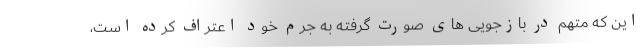
این که متهم در بازجویی های صورت گرفته به جرم خود اعتراف کرده است،